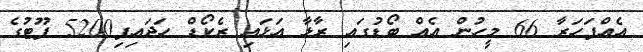
އެއްފަހަރާ 66 މީހުން އެއް ބޯޑުގައި ރާޅާ އަޅައި ރެކޯޑް ހަދައިފި5200 ފޫޓުގެ